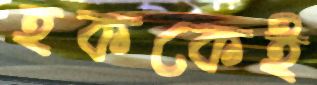
হককেই